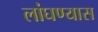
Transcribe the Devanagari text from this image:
लांघण्यास